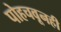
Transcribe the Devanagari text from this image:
पोहचवूनही